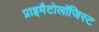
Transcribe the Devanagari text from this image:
प्राइमैटोलॉजिस्ट